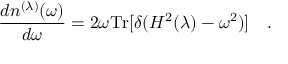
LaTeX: { \frac { d n ^ { ( \lambda ) } ( \omega ) } { d \omega } } = 2 \omega \mathrm { T r } [ \delta ( H ^ { 2 } ( \lambda ) - \omega ^ { 2 } ) ] ~ ~ ~ .